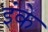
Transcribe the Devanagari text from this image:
इंके